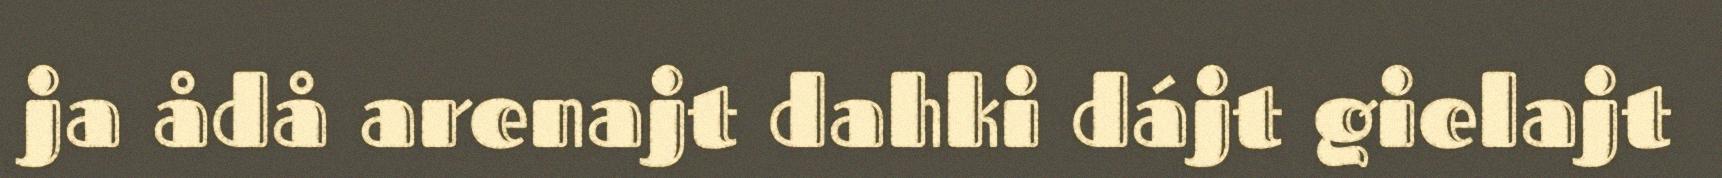
ja ådå arenajt dahki dájt gielajt